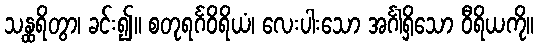
သန္ထရိတွာ၊ ခင်း၍။ စတုရင်္ဂဝိရိယံ၊ လေးပါးသော အင်္ဂါရှိသော ဝီရိယကို။